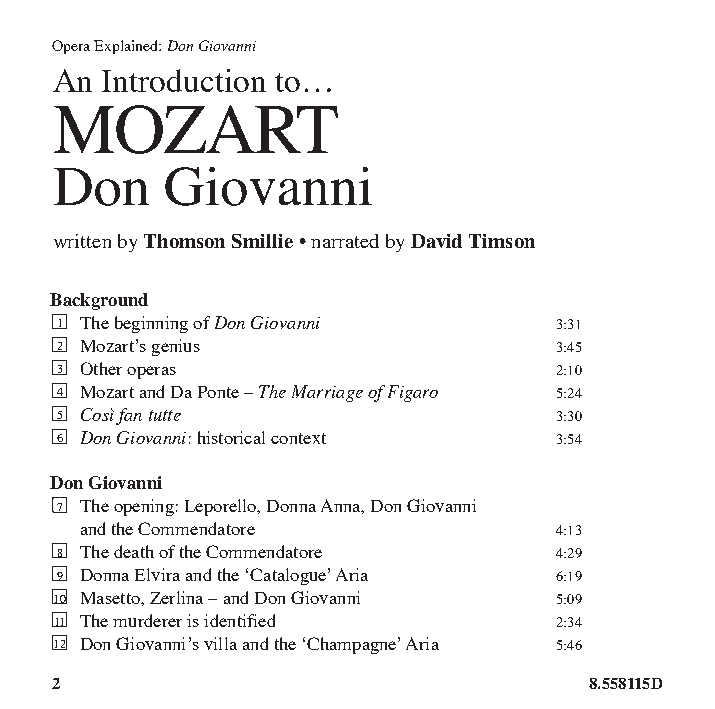
Opera Explained: Don Giovanni
 An Introduction to…
 MOZART
 Don    Giovanni
 written by Thomson Smillie • narrated by David Timson
 Background
 1 The beginning of Don Giovanni  3:31
 2 Mozart’s genius                3:45
 3 Other operas                   2:10
 4 Mozart and Da Ponte – The Marriage of Figaro 5:24
 5 Così fan tutte                 3:30
 6 Don Giovanni: historical context 3:54
 Don Giovanni
 7 The opening: Leporello, Donna Anna, Don Giovanni
 and the Commendatore            4:13
 8 The death of the Commendatore  4:29
 9 Donna Elvira and the ‘Catalogue’ Aria 6:19
 10 Masetto, Zerlina – and Don Giovanni 5:09
 11 The murderer is identified    2:34
 12 Don Giovanni’s villa and the ‘Champagne’ Aria 5:46
 2                                   8.558115D